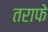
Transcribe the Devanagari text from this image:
तराफे